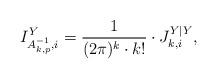
LaTeX: \begin{align*}I_{A_{k, p}^{-1}, i}^{Y} = \frac{1}{(2 \pi)^k \cdot k!} \cdot J_{k, i}^{Y|Y},\end{align*}